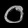
Digit: ၀